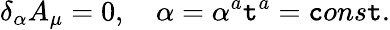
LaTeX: \delta_{\alpha}A_{\mu}=0,\quad\alpha=\alpha^{a}\mathtt{t}^{a}=\mathtt{c}ons\mathtt{t}.